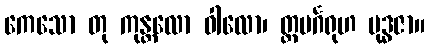
ကေသော တု ကုန္တလော ဝါလော၊ တ္တမင်္ဂရုဟ မုဒ္ဓဇာ။